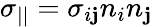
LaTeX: \sigma_{||}=\sigma_{i\mathbf{j}}n_{i}n_{\mathbf{j}}